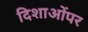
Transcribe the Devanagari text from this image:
दिशाओंपर